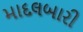
માદલબારી